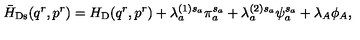
\bar { H } _ { \mathrm { D s } } ( q ^ { r } , p ^ { r } ) = H _ { \mathrm { D } } ( q ^ { r } , p ^ { r } ) + \lambda _ { a } ^ { ( 1 ) s _ { a } } \pi _ { a } ^ { s _ { a } } + \lambda _ { a } ^ { ( 2 ) s _ { a } } \psi _ { a } ^ { s _ { a } } + \lambda _ { A } \phi _ { A } ,